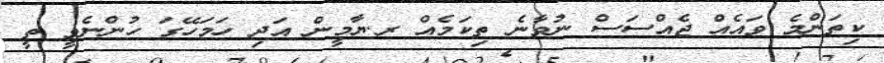
ކިތަންމެ ވައެއް ޖެއްސަސް ނުވާނެ ތިކަމެއް ރ.ޔާމީން އަދި ހަމަހޭގަ ހުންނެވީ ތީ